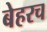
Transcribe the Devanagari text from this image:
बेहरच